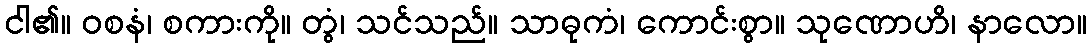
ငါ၏။ ဝစနံ၊ စကားကို။ တွံ၊ သင်သည်။ သာဓုကံ၊ ကောင်းစွာ။ သုဏောဟိ၊ နာလော။